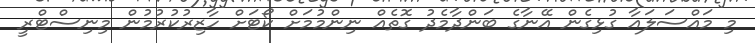
މި މައްސަލައާ ގުޅިގެން އޭނާގެ ބަންދާމެދު ގޮތެއް ނިންމުމަށް ކޯޓަށް ހާޒިރުކުރުމުން މިނިސްޓްރީ